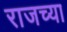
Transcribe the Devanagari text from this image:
राजच्या